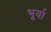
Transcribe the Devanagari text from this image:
भूर्या